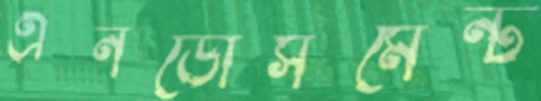
এনডোর্সমেন্ট